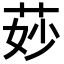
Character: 𦯷